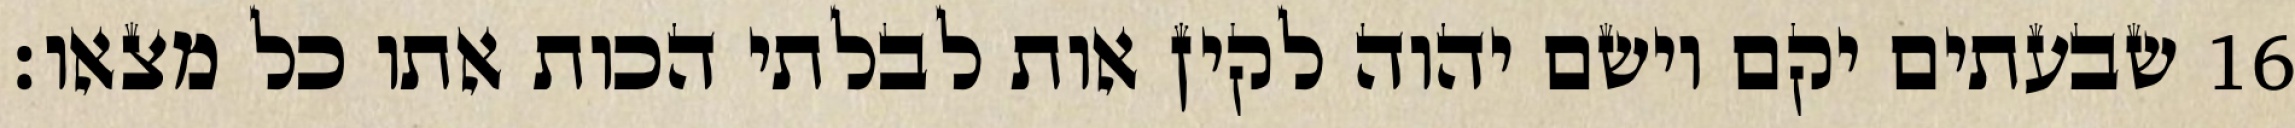
שבעתים יקם וישם יהוה לקין אות לבלתי הכות אתו כל מצאו׃ ‎16‏